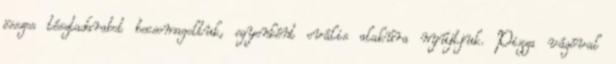
összes tésztadarabot becsomagoltuk, egyenként ovális alakúra nyújtjuk. Pizza vágóval